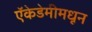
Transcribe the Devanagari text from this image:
ऍकेडेमीमधून